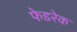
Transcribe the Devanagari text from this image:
फेडरेक